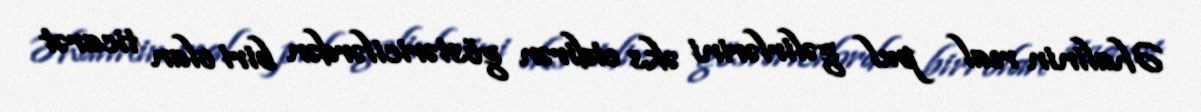
Əhalinin real pul gəlirlərini əks etdirən göstəricilərdən biri olan ticarət